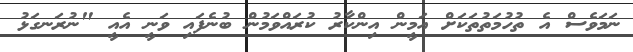
ނަމަވެސް އެ ތުހުމަތުތަކަށް އަމީން އިންކާރު ކުރައްވަމުން ބުނެފައި ވަނީ އެއީ "ނުރަނގަޅު